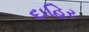
દાહિર